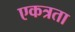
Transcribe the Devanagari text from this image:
एकत्रता